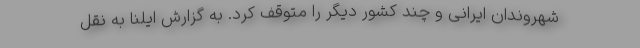
شهروندان ایرانی و چند کشور دیگر را متوقف کرد. به گزارش ایلنا به نقل